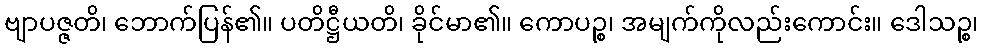
ဗျာပဇ္ဇတိ၊ ဘောက်ပြန်၏။ ပတိဋ္ဌီယတိ၊ ခိုင်မာ၏။ ကောပဉ္စ၊ အမျက်ကိုလည်းကောင်း။ ဒေါသဉ္စ၊